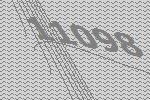
11098